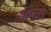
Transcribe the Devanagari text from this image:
अहारा